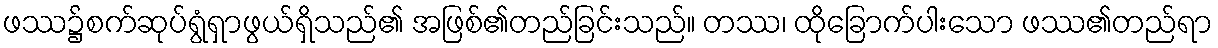
ဖဿ၌စက်ဆုပ်ရွံရှာဖွယ်ရှိသည်၏ အဖြစ်၏တည်ခြင်းသည်။ တဿ၊ ထိုခြောက်ပါးသော ဖဿ၏တည်ရာ